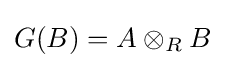
G(B)=A\otimes _{R}B